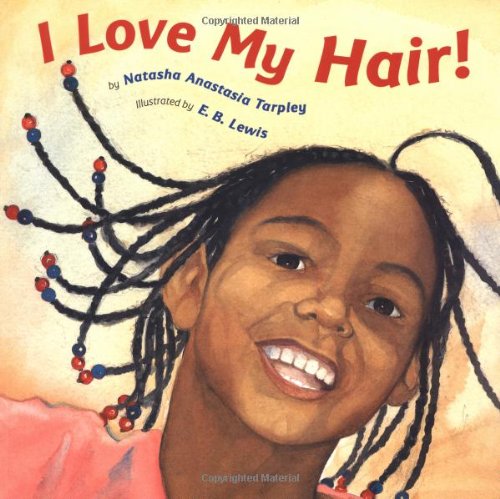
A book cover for I Love My Hair!; Natasha Anastasia Tarpley; Children's Books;